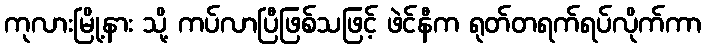
ကုလားမြို့နား သို့ ကပ်လာပြီဖြစ်သဖြင့် ဖဲင်နီက ရုတ်တရက်ရပ်လိုက်ကာ